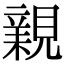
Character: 𧡿